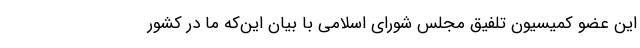
این عضو کمیسیون تلفیق مجلس شورای اسلامی با بیان این‌که ما در کشور